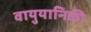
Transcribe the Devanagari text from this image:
वायुयानिकी